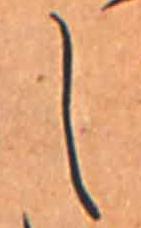
し